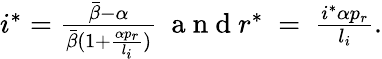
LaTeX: \begin{array}{r}{i^{*}=\frac{\bar{\beta}-\alpha}{\bar{\beta}(1+\frac{\alpha p_{r}}{l_{i}})}\ \mathrm{~a~n~d~}r^{*}\ =\ \frac{i^{*}\alpha p_{r}}{l_{i}}.}\end{array}